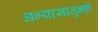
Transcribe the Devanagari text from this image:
अभ्यासातूनही